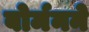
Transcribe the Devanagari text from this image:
बोर्मनने